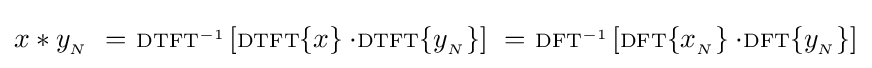
x*y_{_{N}}\ =\ \scriptstyle {\rm {DTFT}}^{-1}\displaystyle \left[\scriptstyle {\rm {DTFT}}\displaystyle \{x\}\cdot \scriptstyle {\rm {DTFT}}\displaystyle \{y_{_{N}}\}\right]\ =\ \scriptstyle {\rm {DFT}}^{-1}\displaystyle \left[\scriptstyle {\rm {DFT}}\displaystyle \{x_{_{N}}\}\cdot \scriptstyle {\rm {DFT}}\displaystyle \{y_{_{N}}\}\right]